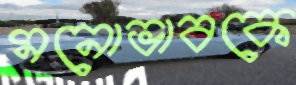
মনোভাবকে